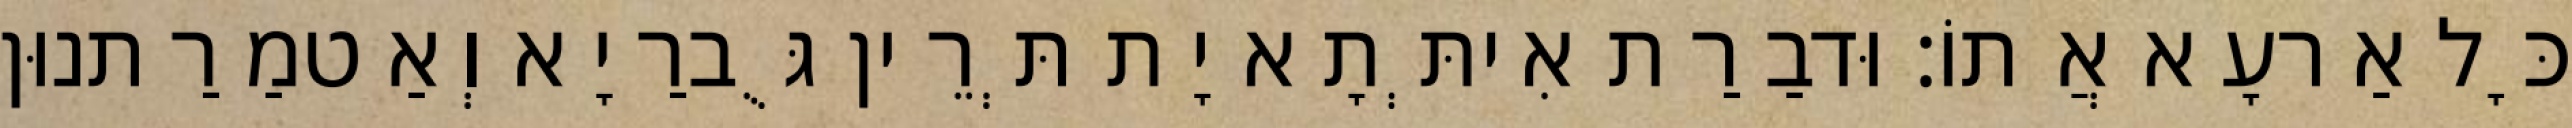
כָּל אַרעָא אֲתוֹ׃ וּדבַרַת אִיתְּתָא יָת תְּרֵין גֻּברַיָא וְאַטמַרַתנוּן